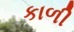
કાળી